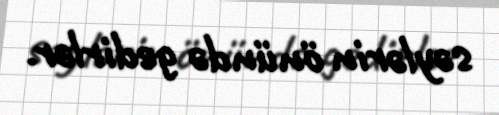
səylərin önündə gedirlər.